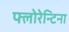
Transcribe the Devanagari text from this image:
फ्लोरेन्टिना